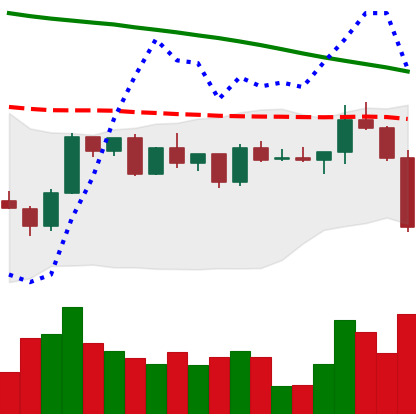
Ticker: ETH-USD
Chart end date: 2022-12-16
Forward return: 3.881%
Label: up_3_5